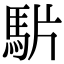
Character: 𩢝